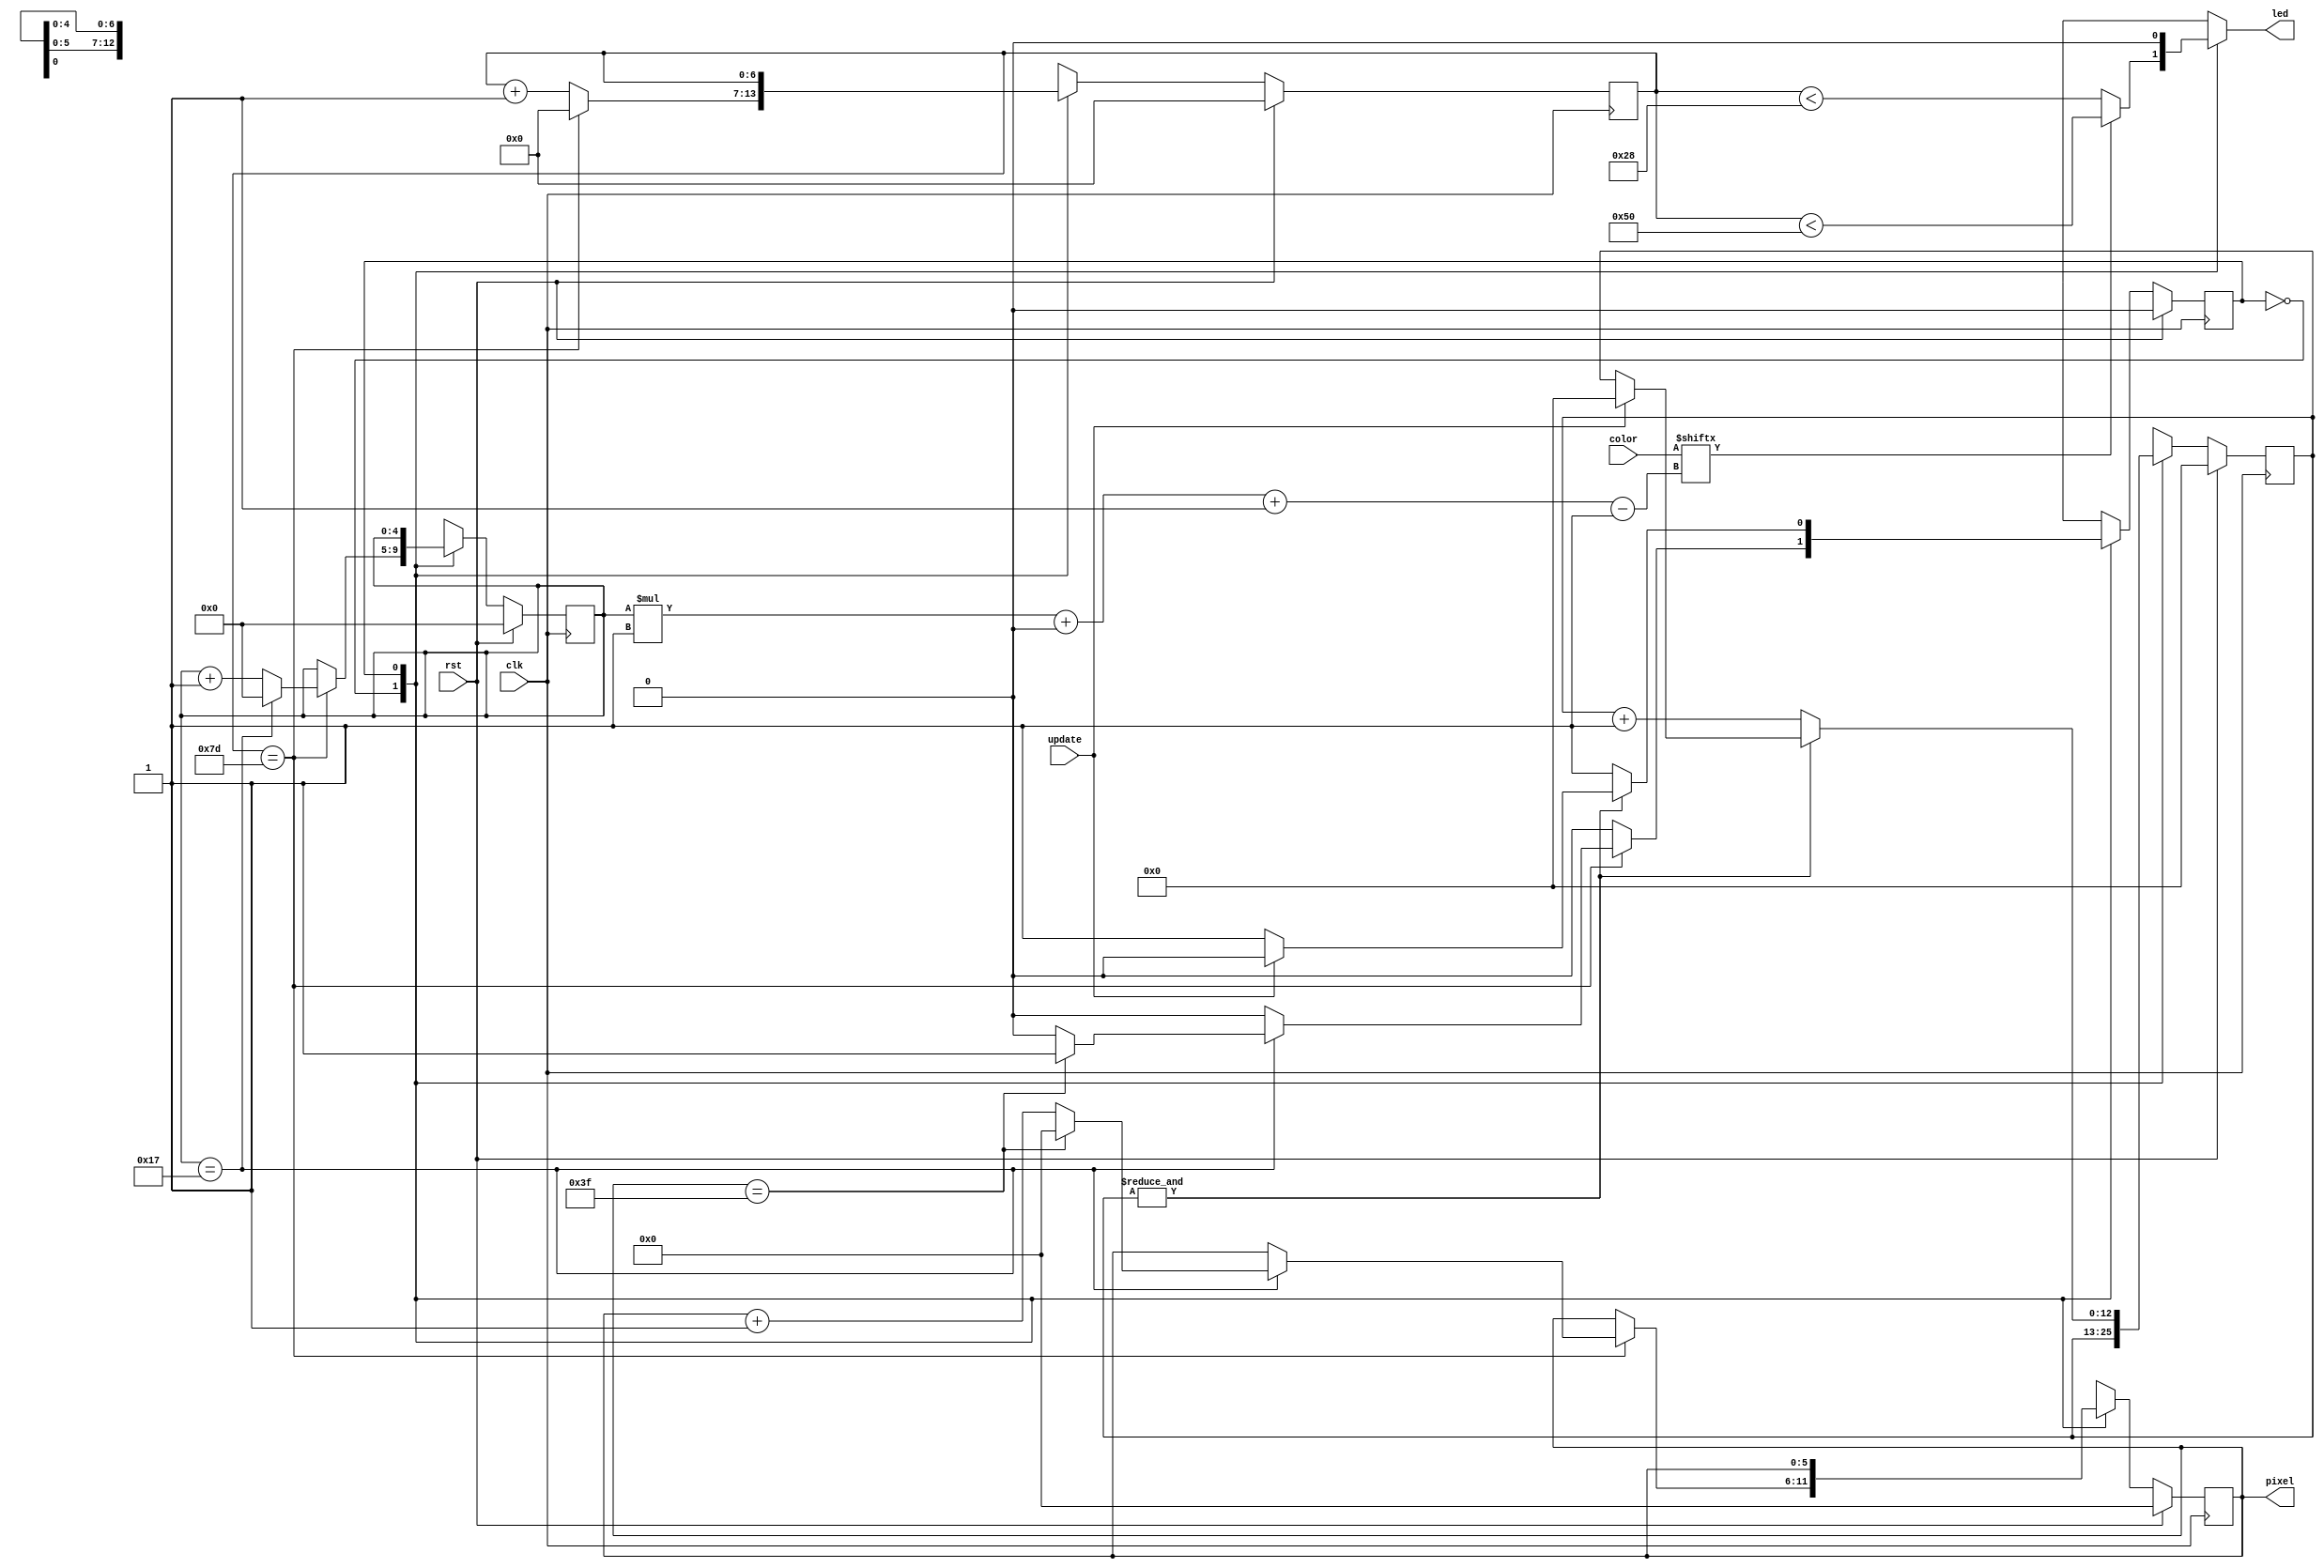
module ws2812b_writer_20 (
    input clk,
    input rst,
    input update,
    input [23:0] color,
    output reg [5:0] pixel,
    output reg led
  );
  
  localparam PIXEL_COUNT = 7'h40;
  
  
  localparam SEND_PIXEL_state = 1'd0;
  localparam RESET_state = 1'd1;
  
  reg M_state_d, M_state_q = SEND_PIXEL_state;
  reg [5:0] M_pixel_ctr_d, M_pixel_ctr_q = 1'h0;
  reg [4:0] M_bit_ctr_d, M_bit_ctr_q = 1'h0;
  reg [6:0] M_ctr_d, M_ctr_q = 1'h0;
  reg [12:0] M_rst_ctr_d, M_rst_ctr_q = 1'h0;
  
  always @* begin
    M_state_d = M_state_q;
    M_ctr_d = M_ctr_q;
    M_bit_ctr_d = M_bit_ctr_q;
    M_rst_ctr_d = M_rst_ctr_q;
    M_pixel_ctr_d = M_pixel_ctr_q;
    
    led = 1'h0;
    pixel = M_pixel_ctr_q;
    
    case (M_state_q)
      SEND_PIXEL_state: begin
        if (color[(M_bit_ctr_q)*1+0-:1]) begin
          led = M_ctr_q < 7'h50;
        end else begin
          led = M_ctr_q < 6'h28;
        end
        M_ctr_d = M_ctr_q + 1'h1;
        if (M_ctr_q == 7'h7d) begin
          M_ctr_d = 1'h0;
          M_bit_ctr_d = M_bit_ctr_q + 1'h1;
          if (M_bit_ctr_q == 5'h17) begin
            M_bit_ctr_d = 1'h0;
            M_pixel_ctr_d = M_pixel_ctr_q + 1'h1;
            if (M_pixel_ctr_q == 8'h3f) begin
              M_pixel_ctr_d = 1'h0;
              M_state_d = RESET_state;
            end
          end
        end
      end
      RESET_state: begin
        if ((&M_rst_ctr_q)) begin
          if (update) begin
            M_rst_ctr_d = 1'h0;
            M_state_d = SEND_PIXEL_state;
          end
        end else begin
          M_rst_ctr_d = M_rst_ctr_q + 1'h1;
        end
      end
    endcase
  end
  
  always @(posedge clk) begin
    if (rst == 1'b1) begin
      M_pixel_ctr_q <= 1'h0;
      M_bit_ctr_q <= 1'h0;
      M_ctr_q <= 1'h0;
      M_rst_ctr_q <= 1'h0;
      M_state_q <= 1'h0;
    end else begin
      M_pixel_ctr_q <= M_pixel_ctr_d;
      M_bit_ctr_q <= M_bit_ctr_d;
      M_ctr_q <= M_ctr_d;
      M_rst_ctr_q <= M_rst_ctr_d;
      M_state_q <= M_state_d;
    end
  end
  
endmodule